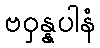
ဗဝှန္နပါနံ